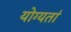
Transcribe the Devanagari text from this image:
योग्यतां